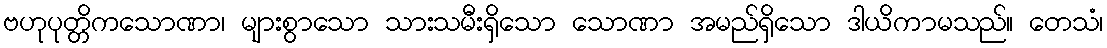
ဗဟုပုတ္တိကသောဏာ၊ များစွာသော သားသမီးရှိသော သောဏာ အမည်ရှိသော ဒါယိကာမသည်။ တေသံ၊